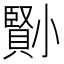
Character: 𡮺